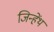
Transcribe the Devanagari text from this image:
जिन्हेंथ